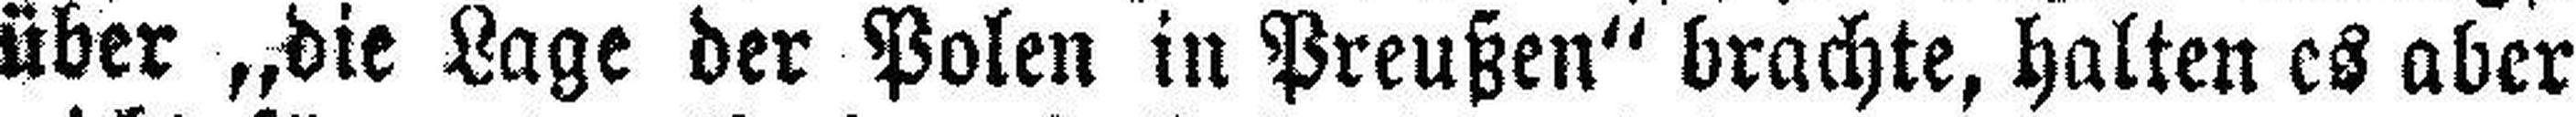
über „die Lage der Polen in Preußen“ brachte, halten es aber